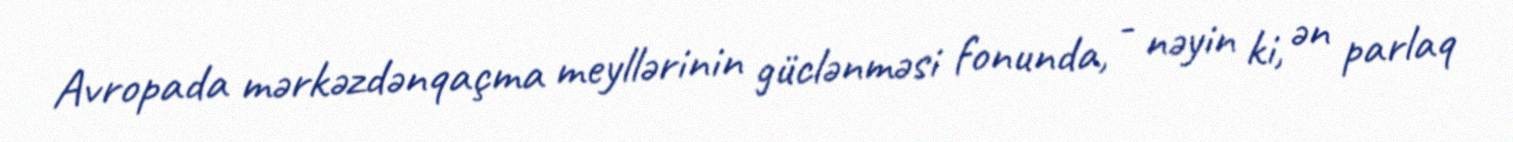
Avropada mərkəzdənqaçma meyllərinin güclənməsi fonunda, - nəyin ki, ən parlaq